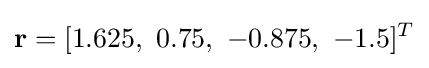
\mathbf {r} =[1.625,\ 0.75,\ -0.875,\ -1.5]^{T}